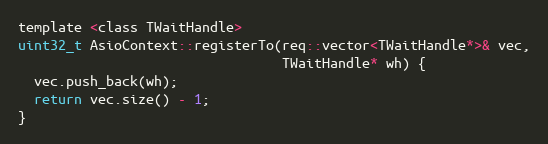
Language: C
template <class TWaitHandle>
uint32_t AsioContext::registerTo(req::vector<TWaitHandle*>& vec,
                                 TWaitHandle* wh) {
  vec.push_back(wh);
  return vec.size() - 1;
}